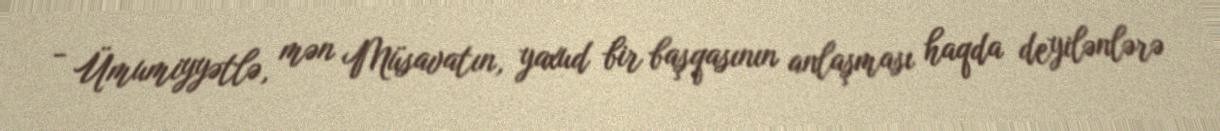
- Ümumiyyətlə, mən Müsavatın, yaxud bir başqasının anlaşması haqda deyilənlərə